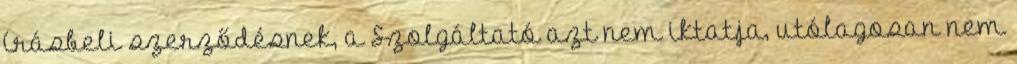
írásbeli szerződésnek, a Szolgáltató azt nem iktatja, utólagosan nem